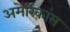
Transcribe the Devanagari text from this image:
अमेरिकांस